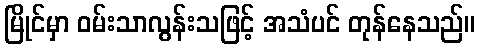
မြိုင်မှာ ဝမ်းသာလွန်းသဖြင့် အသံပင် တုန်နေသည်။